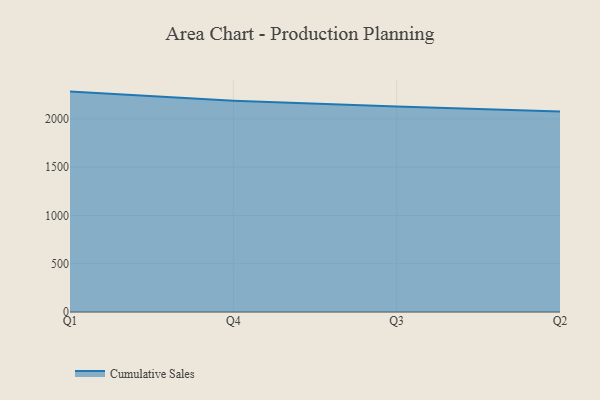
{"axis": {"x": "Quarter", "y": "Budget (USD K)"}, "legend": ["Cumulative Sales"], "data": [{"x": "Q1", "y": 2282.6, "type": "Cumulative Sales"}, {"x": "Q4", "y": 2189.1, "type": "Cumulative Sales"}, {"x": "Q3", "y": 2127.8, "type": "Cumulative Sales"}, {"x": "Q2", "y": 2077.7, "type": "Cumulative Sales"}]}